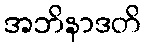
အဘိနာဒတိ